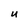
Character: u